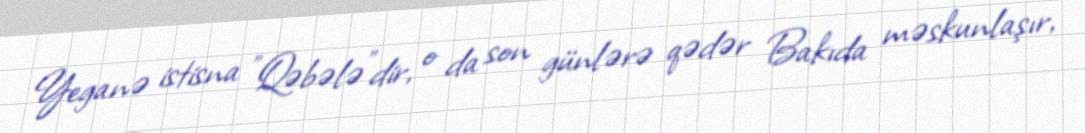
Yeganə istisna "Qəbələ"dir, o da son günlərə qədər Bakıda məskunlaşır,